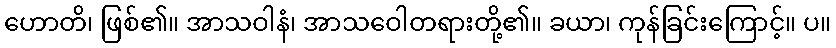
ဟောတိ၊ ဖြစ်၏။ အာသဝါနံ၊ အာသဝေါတရားတို့၏။ ခယာ၊ ကုန်ခြင်းကြောင့်။ ပ။